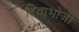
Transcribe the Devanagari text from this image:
दिवाभोजी